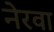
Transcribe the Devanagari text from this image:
नेरवा